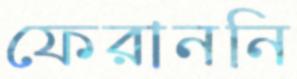
ফেরাননি